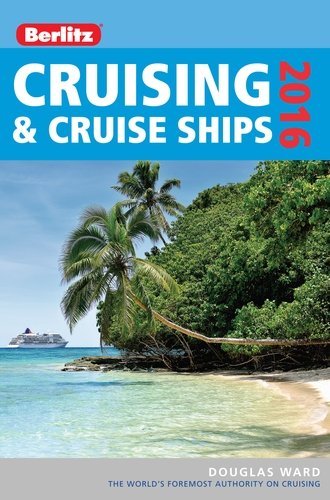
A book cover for Berlitz Cruising & Cruise Ships 2016 (Berlitz Cruise Guide); Douglas Ward; Travel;